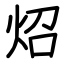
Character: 炤